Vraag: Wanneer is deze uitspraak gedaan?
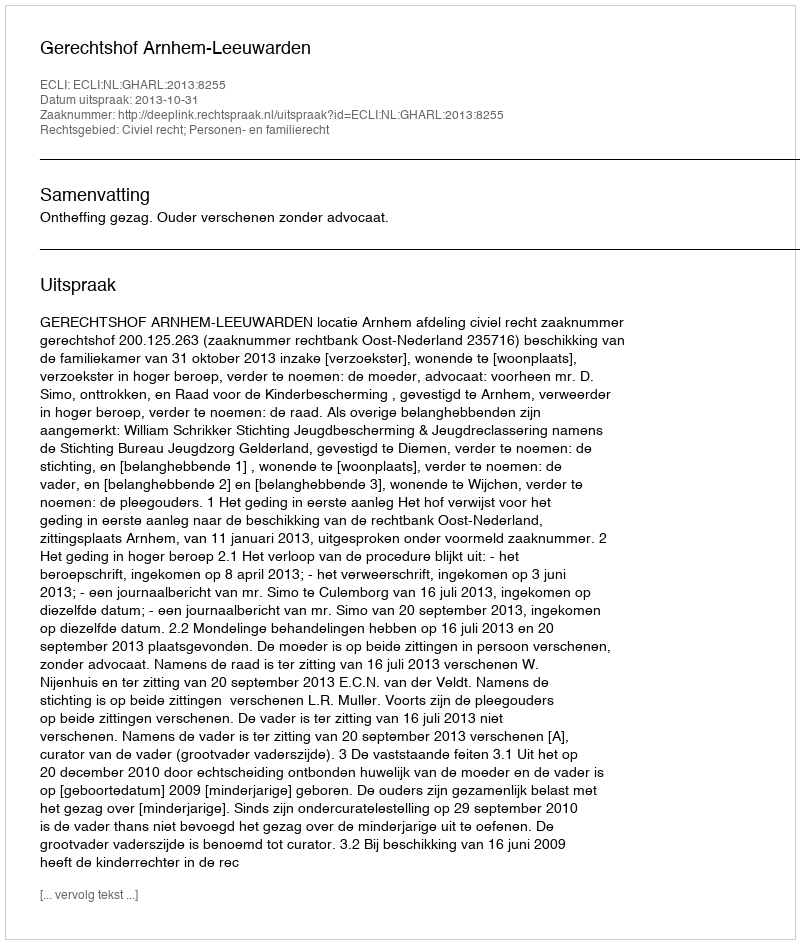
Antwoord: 2013-10-31